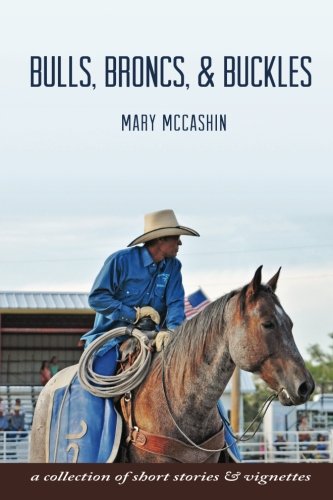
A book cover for Bulls, Broncs, & Buckles; Mary McCashin; Sports & Outdoors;